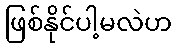
ဖြစ်နိုင်ပါ့မလဲဟ